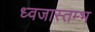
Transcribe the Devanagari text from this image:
ध्वजास्तम्भ